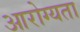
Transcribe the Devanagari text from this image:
आरोग्‍यता